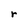
Character: r